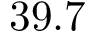
3 9 . 7